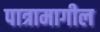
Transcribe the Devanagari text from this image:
पात्रामागील